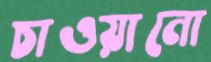
চাওয়ানো